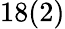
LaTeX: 18(2)